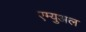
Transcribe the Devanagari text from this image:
एम्युअल